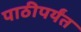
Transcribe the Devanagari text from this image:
पाठीपर्यंत